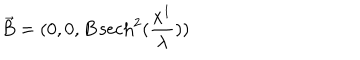
\vec { B } = ( 0 , 0 , B \, \mathrm { s e c h } ^ { 2 } ( \frac { x ^ { 1 } } { \lambda } ) )